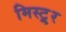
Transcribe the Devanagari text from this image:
मिस्ट्र्र्र्र